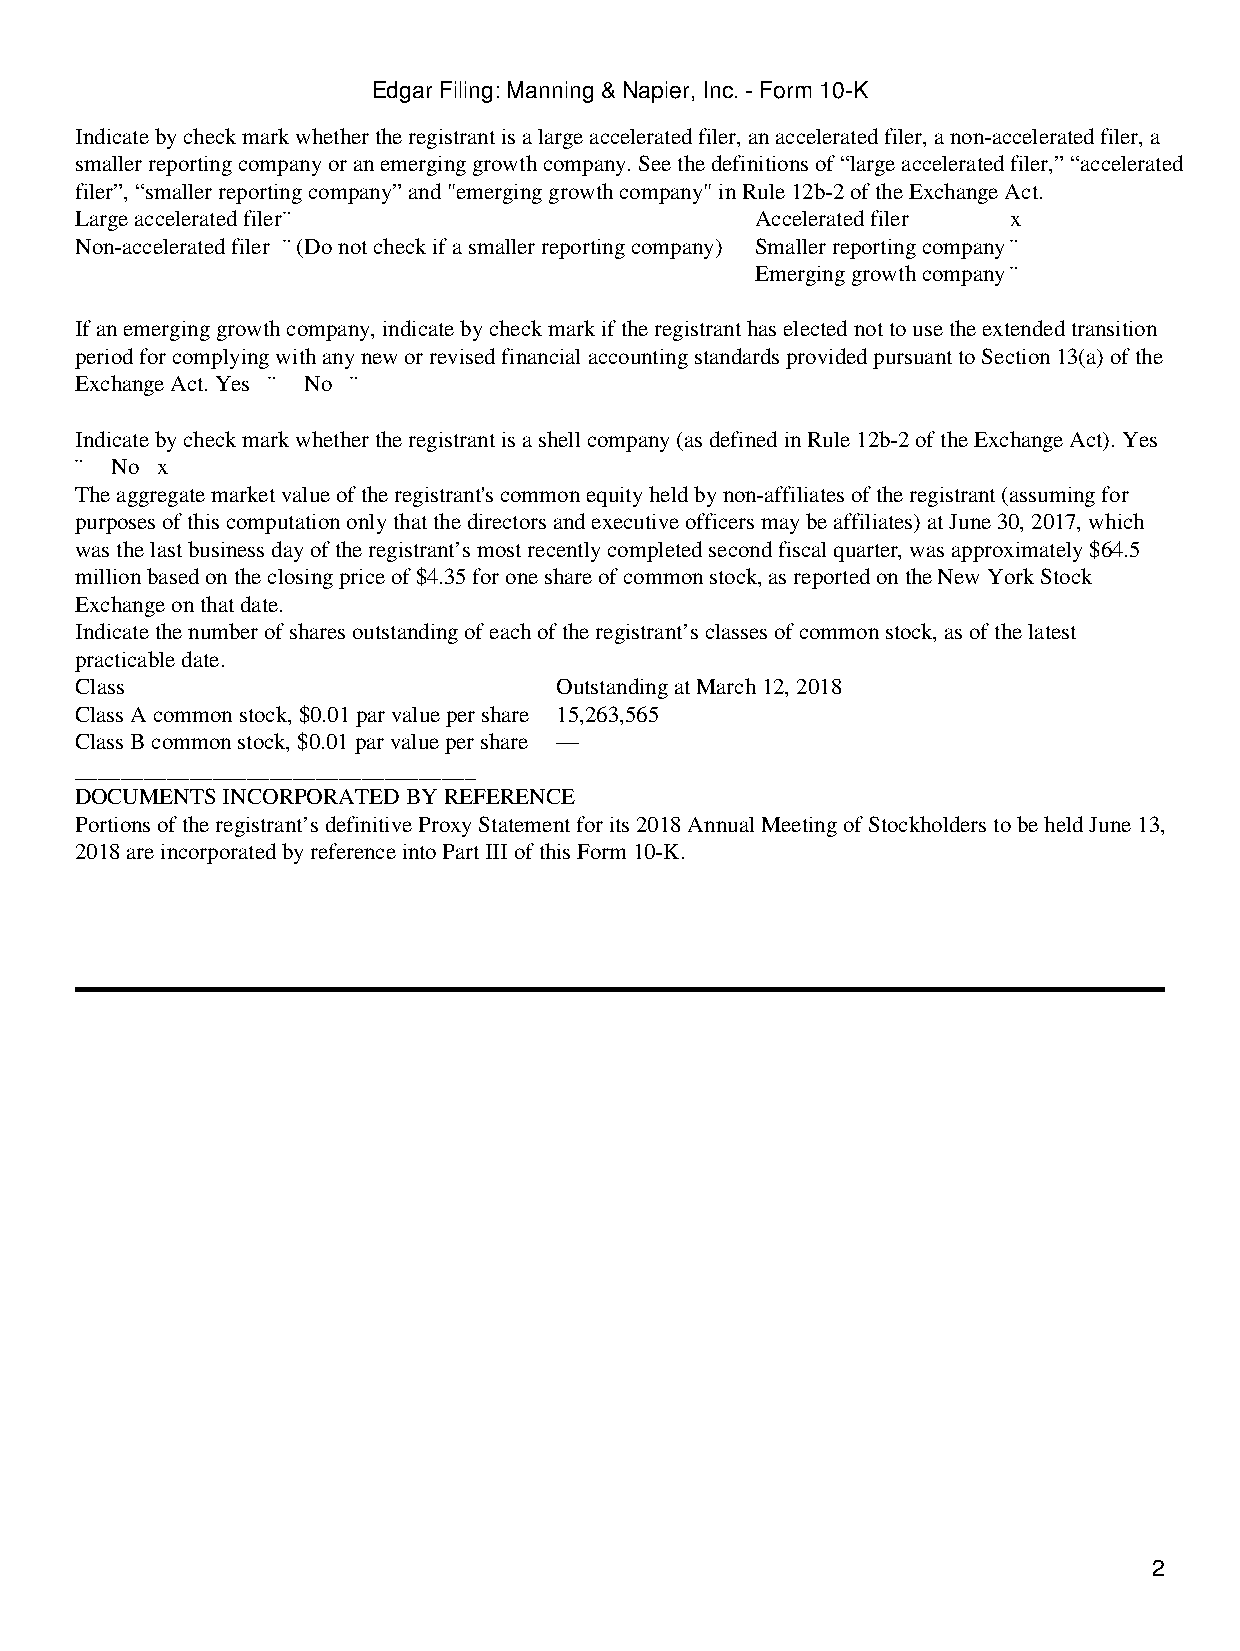
Edgar Filing: Manning & Napier, Inc. - Form 10-K
 Indicate by check mark whether the registrant is a large accelerated filer, an accelerated filer, a non-accelerated filer, a
 smaller reporting company or an emerging growth company. See the definitions of “large accelerated filer,” “accelerated
 filer”, “smaller reporting company” and "emerging growth company" in Rule 12b-2 of the Exchange Act.
 Large accelerated filer¨                     Accelerated filer x
 Non-accelerated filer ¨ (Do not check if a smaller reporting company) Smaller reporting company¨
 Emerging growth company¨
 If an emerging growth company, indicate by check mark if the registrant has elected not to use the extended transition
 period for complying with any new or revised financial accounting standards provided pursuant to Section 13(a) of the
 Exchange Act. Yes ¨ No ¨
 Indicate by check mark whether the registrant is a shell company (as defined in Rule 12b-2 of the Exchange Act). Yes
 ¨ No x
 The aggregate market value of the registrant's common equity held by non-affiliates of the registrant (assuming for
 purposes of this computation only that the directors and executive officers may be affiliates) at June 30, 2017, which
 was the last business day of the registrant’s most recently completed second fiscal quarter, was approximately $64.5
 million based on the closing price of $4.35 for one share of common stock, as reported on the New York Stock
 Exchange on that date.
 Indicate the number of shares outstanding of each of the registrant’s classes of common stock, as of the latest
 practicable date.
 Class                           Outstanding at March 12, 2018
 Class A common stock, $0.01 par value per share 15,263,565
 Class B common stock, $0.01 par value per share —
 ___________________________________
 DOCUMENTS INCORPORATED BY REFERENCE
 Portions of the registrant’s definitive Proxy Statement for its 2018 Annual Meeting of Stockholders to be held June 13,
 2018 are incorporated by reference into Part III of this Form 10-K.
 2